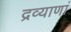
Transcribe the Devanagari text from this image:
द्रव्याणां